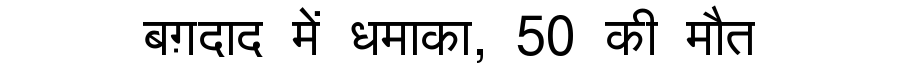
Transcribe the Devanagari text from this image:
बग़दाद में धमाका, 50 की मौत